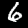
Digit: 6